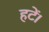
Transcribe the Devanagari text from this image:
हटें।